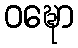
ဝဍ္ဎော